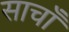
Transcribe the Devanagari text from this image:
साचाँ